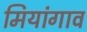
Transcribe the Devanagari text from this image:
मियांगाव